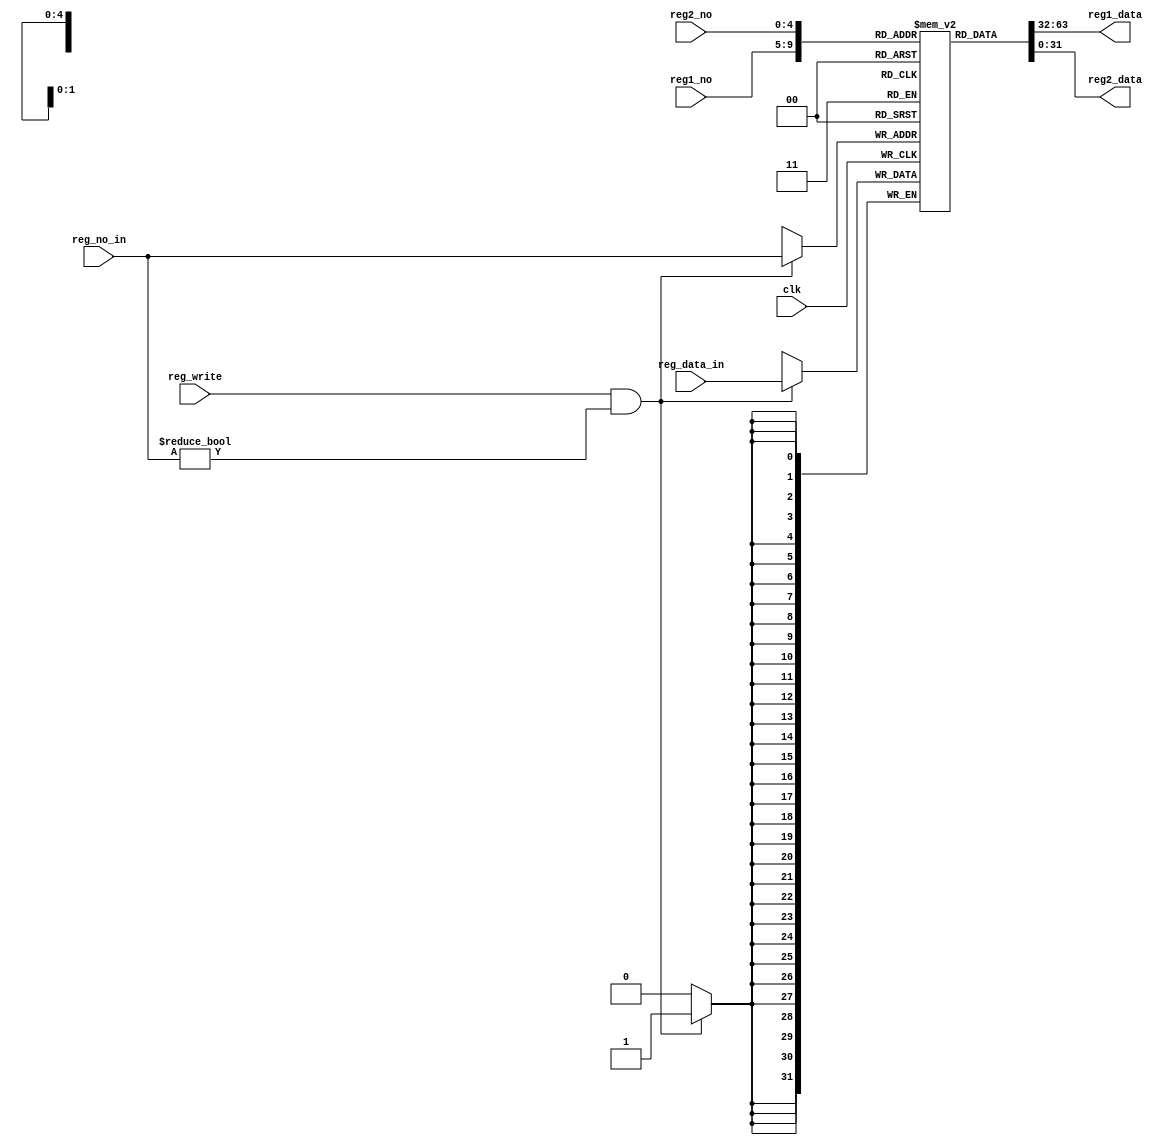
`timescale 1ns / 1ps
module RegFile(clk, reg1_no, reg2_no, reg_no_in,
reg_write, reg_data_in, reg1_data, reg2_data);
  input clk;                    //
  input [4:0] reg1_no;          //
  input [4:0] reg2_no;          //
  input [4:0] reg_no_in;        //
  input reg_write;              //1reg_data_inreg_no_in
  input [31:0] reg_data_in;     //
  output reg [31:0] reg1_data = 0;  //R1
  output reg [31:0] reg2_data = 0;  //R2

  reg [31:0] register [31:0];   //
  integer i;

  initial
  begin
    for (i = 0; i <= 5'b11111; i = i + 1)
    begin
      register[i] <= 0;
    end
  end


  always @(posedge clk)       //0
  begin
    if (reg_write == 1 && reg_no_in != 0)
    begin
      register[reg_no_in] <= reg_data_in;
    end
  end
  
  always @(*)
  begin
    reg1_data <= register[reg1_no];
    reg2_data <= register[reg2_no];
  end

endmodule